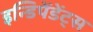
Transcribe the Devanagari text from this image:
इन्डिपेंडेंट्स